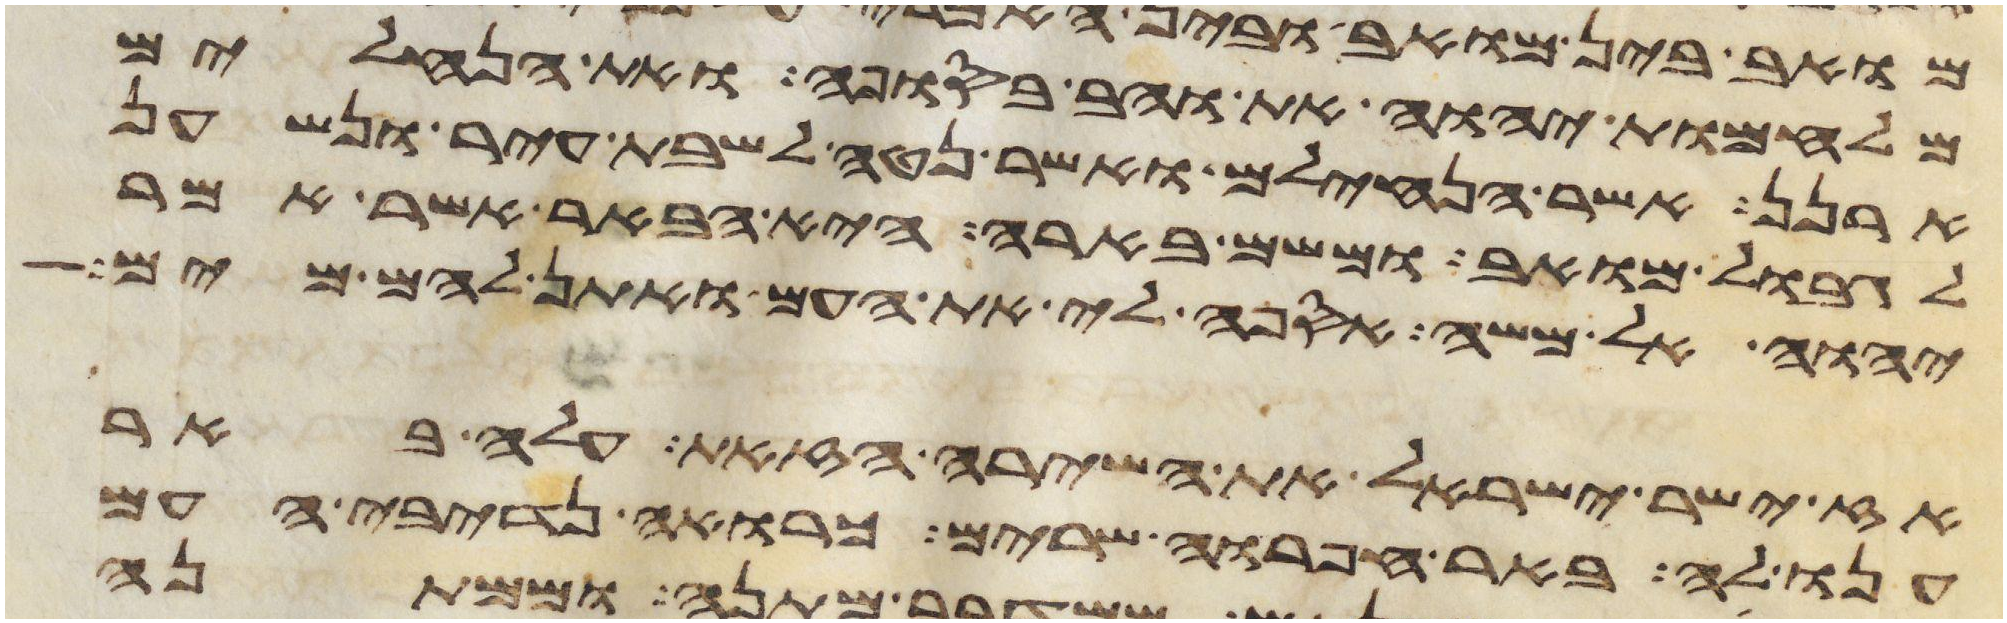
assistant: מלחמות יהוה את והב בסופה ואת הנחלים
ארנן אשר הנחילם ואשר נטה לשבת עיר ונשען
לגבול מואב ומשם בארה היא הבאר אשר אמר
יהוה אל משה אספה לי את העם ואתן להם מים
אז ישיר ישראל את השירה הזאת עלה באר
ענו לה באר חפרוה שרים כרואה נדיבי העם